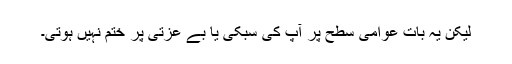
لیکن یہ بات عوامی سطح پر آپ کی سبکی یا بے عزتی پر ختم نہیں ہوتی۔